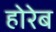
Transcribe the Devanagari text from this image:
होरेब